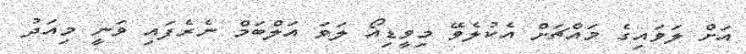
އަށް ލަވައިގެ މައްޗަށް އެކުލެވޭ މިވީޑިއޯ ލަވަ އަލްބަމް ނެރެފައި ވަނީ މިއަދު